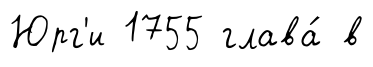
Юрг'и 1755 глава́ в